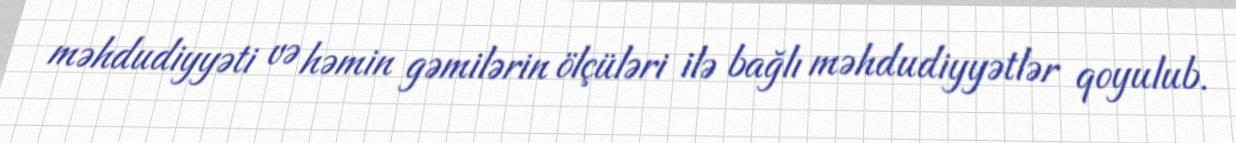
məhdudiyyəti və həmin gəmilərin ölçüləri ilə bağlı məhdudiyyətlər qoyulub.